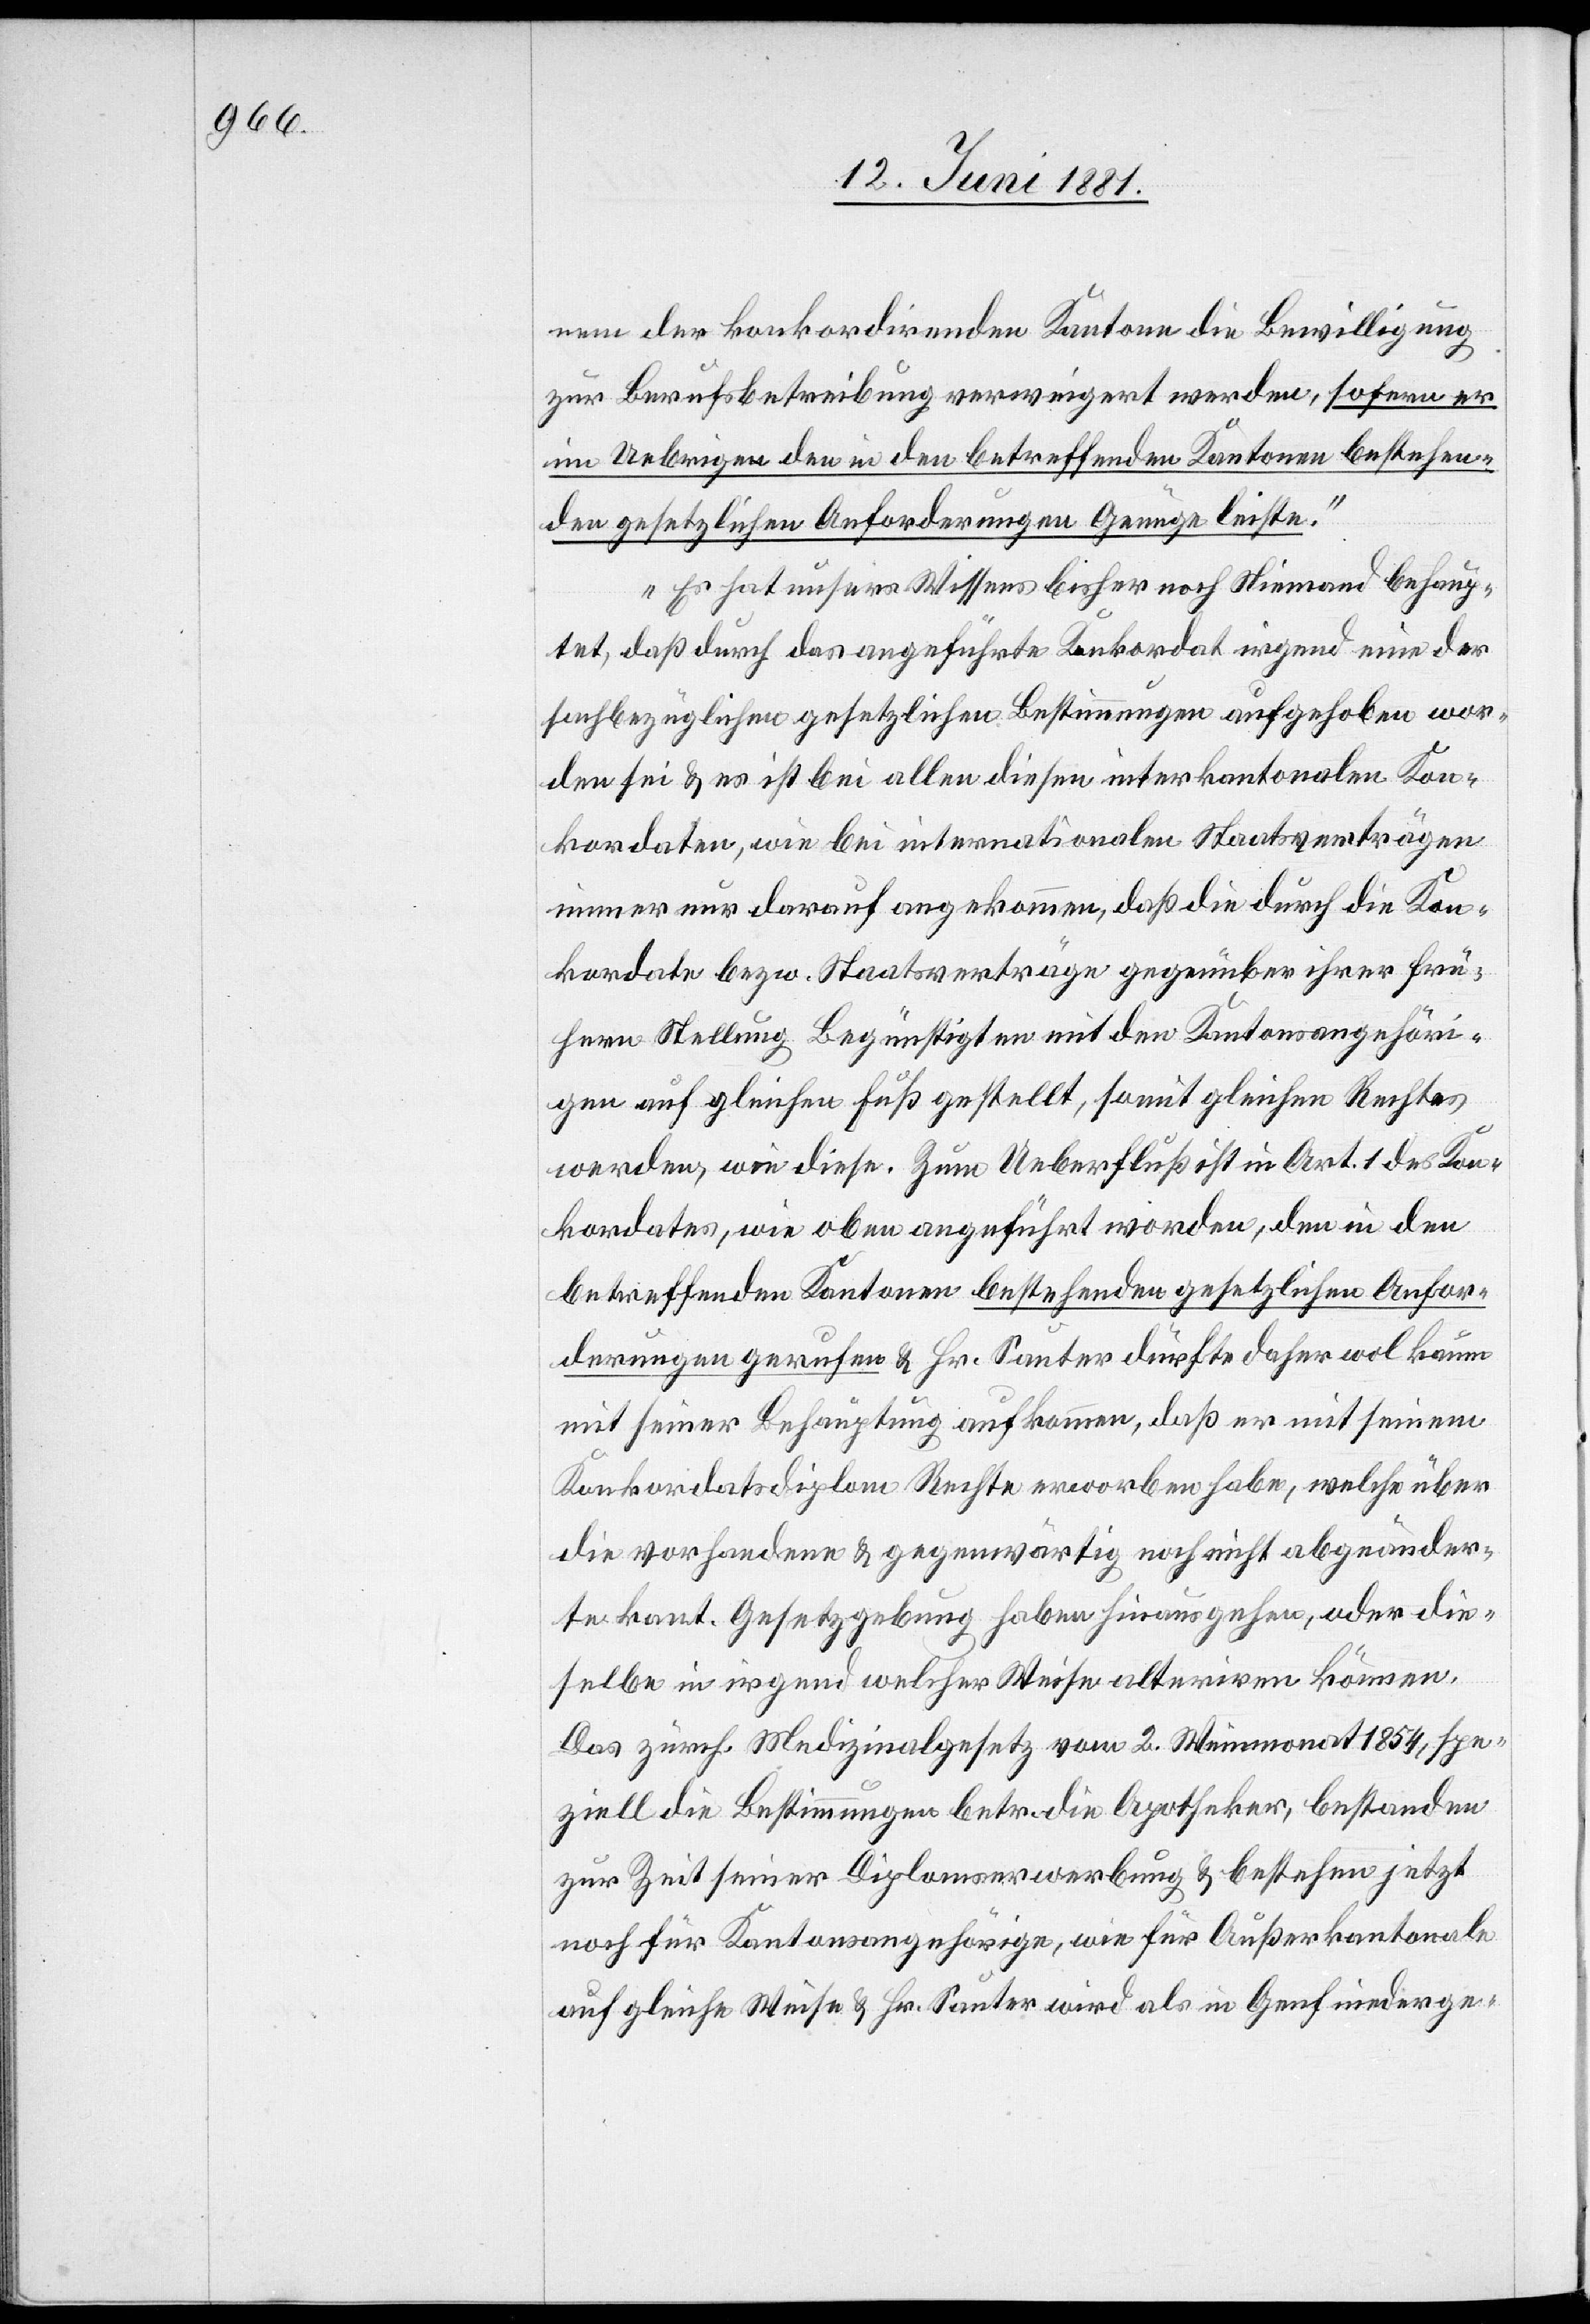
nem der konkordirenden Kantonen die Bewilligung
zur Berufsbetreibung verweigert werden, sofern er
im Uebrigen den in den betreffenden Kantonen bestehen¬
den gesetzlichen Anforderungen Genüge leiste.
Es hat unsers Wissens bisher noch Niemand behaup¬
tet, daß durch das angeführte Konkordat irgend eine der
sachbezüglichen gesetzlichen Bestimmungen aufgehoben wor¬
den sei & es ist bei allen diesen interkantonalen Kon¬
kordaten, wie bei internationalen Staatsverträgen
immer nur darauf angekommen, daß die durch die Kon¬
kordate bezw. Staatsverträge gegenüber ihrer frü¬
hern Stellung Begünstigten mit den Kantonsangehöri¬
gen auf gleichen Fuß gestellt, somit gleichen Rechtes
werden, wie diese. Zum Ueberfluß ist in Art. 1 des Kon¬
kordates, wie oben angeführt worden, den in den
betreffenden Kantonen bestehenden gesetzlichen Anfor¬
derungen gerufen & Hr. Sauter dürfe daher wol kaum
mit seiner Behauptung aufkommen, daß er mit seinem
Konkordatsdiplom Rechte erworben habe, welche über
die vorhandenen & gegenwärtig noch nicht abgeänder¬
ten kant. Gesetzgebung haben hinaus gehen, oder die
selbe in irgend welcher Weise alteriren können.
Das zürch. Medizinalgesetz vom 2. Weinmonat 1854, spe¬
ziell die Bestimmungen betr. die Apotheker, bestanden
zur Zeit seiner Diplomserwerbung & bestehen jetzt
noch für Kantonsangehörige, wie für Außerkantonale
auf gleiche Weise & Hr. Sauter wird als in Genf niederge-